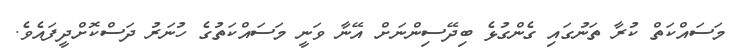
މަސައްކަތް ކުރާ ތަނުގައި ގެންގުޅެ ބިދޭސިންނަށް އޭނާ ވަނީ މަސައްކަތުގެ ހުނަރު ދަސްކޮށްދީފައެވެ.